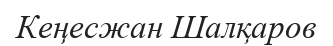
Кеңесжан Шалқаров